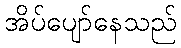
အိပ်ပျော်နေသည်